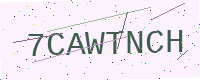
Text: 7CAWTNCH